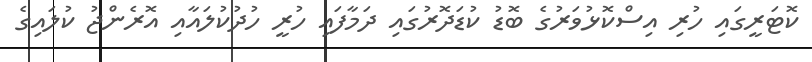
ކޮޓަރީގައި ހުރި އިސްކޮޅުވަރުގެ ބޮޑު ކުޑަދޮރުގައި ދަމާފައި ހުރީ ހުދުކުލައާއި އޮރެންޖު ކުލައިގެ